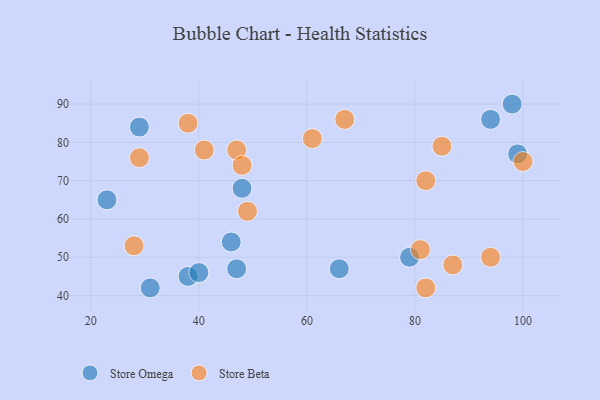
{"axis": {"x": "GDP", "y": "Life Expectancy"}, "legend": ["Store Beta", "Store Omega"], "data": [{"x": "94", "y": 86, "type": "Store Omega"}, {"x": "23", "y": 65, "type": "Store Omega"}, {"x": "48", "y": 68, "type": "Store Omega"}, {"x": "99", "y": 77, "type": "Store Omega"}, {"x": "31", "y": 42, "type": "Store Omega"}, {"x": "38", "y": 45, "type": "Store Omega"}, {"x": "29", "y": 84, "type": "Store Omega"}, {"x": "46", "y": 54, "type": "Store Omega"}, {"x": "47", "y": 47, "type": "Store Omega"}, {"x": "66", "y": 47, "type": "Store Omega"}, {"x": "40", "y": 46, "type": "Store Omega"}, {"x": "98", "y": 90, "type": "Store Omega"}, {"x": "79", "y": 50, "type": "Store Omega"}, {"x": "28", "y": 53, "type": "Store Beta"}, {"x": "82", "y": 70, "type": "Store Beta"}, {"x": "49", "y": 62, "type": "Store Beta"}, {"x": "67", "y": 86, "type": "Store Beta"}, {"x": "41", "y": 78, "type": "Store Beta"}, {"x": "29", "y": 76, "type": "Store Beta"}, {"x": "100", "y": 75, "type": "Store Beta"}, {"x": "38", "y": 85, "type": "Store Beta"}, {"x": "61", "y": 81, "type": "Store Beta"}, {"x": "94", "y": 50, "type": "Store Beta"}, {"x": "81", "y": 52, "type": "Store Beta"}, {"x": "82", "y": 42, "type": "Store Beta"}, {"x": "47", "y": 78, "type": "Store Beta"}, {"x": "85", "y": 79, "type": "Store Beta"}, {"x": "48", "y": 74, "type": "Store Beta"}, {"x": "87", "y": 48, "type": "Store Beta"}]}